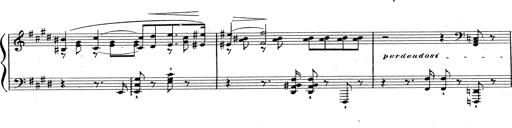
Title: Grosses Konzertsolo
Composer: Franz Liszt